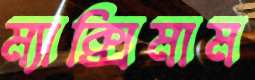
ম্যাক্সিমাম